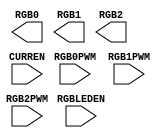
/* verilator lint_off UNUSED */
/* verilator lint_off UNDRIVEN */
(* blackbox *)
module SB_RGBA_DRV(
	input CURREN,
	input RGBLEDEN,
	input RGB0PWM,
	input RGB1PWM,
	input RGB2PWM,
	output RGB0,
	output RGB1,
	output RGB2
);
parameter CURRENT_MODE = "0b0";
parameter RGB0_CURRENT = "0b000000";
parameter RGB1_CURRENT = "0b000000";
parameter RGB2_CURRENT = "0b000000";
endmodule
/* verilator lint_on UNUSED */
/* verilator lint_on UNDRIVEN */